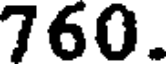
760.